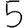
Digit: 5